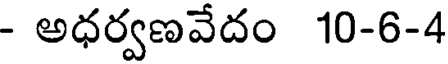
- అధర్వణవేదం 10-6-4